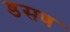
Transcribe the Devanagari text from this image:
डसण